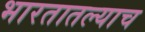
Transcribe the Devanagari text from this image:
भारतातल्याच